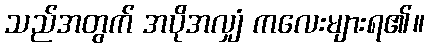
သည်အတွက် အပိုအလျှံ ကလေးများရ၏။